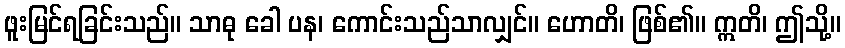
ဖူးမြင်ရခြင်းသည်။ သာဓု ခေါ ပန၊ ကောင်းသည်သာလျှင်။ ဟောတိ၊ ဖြစ်၏။ ဣတိ၊ ဤသို့။